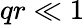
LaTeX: qr\ll 1